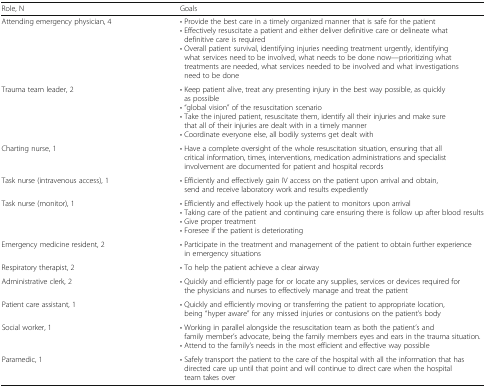
| Role, N | Goals |
 | --- | --- |
 | Attending emergency physician, 4 | • Provide the best care in a timely organized manner that is safe for the patient• Effectively resuscitate a patient and either deliver definitive care or delineate what definitive care is required• Overall patient survival, identifying injuries needing treatment urgently, identifying what services need to be involved, what needs to be done now—prioritizing what treatments are needed, what services needed to be involved and what investigations need to be done |
 | Trauma team leader, 2 | • Keep patient alive, treat any presenting injury in the best way possible, as quickly as possible• “global vision” of the resuscitation scenario• Take the injured patient, resuscitate them, identify all their injuries and make sure that all of their injuries are dealt with in a timely manner• Coordinate everyone else, all bodily systems get dealt with |
 | Charting nurse, 1 | • Have a complete oversight of the whole resuscitation situation, ensuring that all critical information, times, interventions, medication administrations and specialist involvement are documented for patient and hospital records |
 | Task nurse (intravenous access), 1 | • Efficiently and effectively gain IV access on the patient upon arrival and obtain, send and receive laboratory work and results expediently |
 | Task nurse (monitor), 1 | • Efficiently and effectively hook up the patient to monitors upon arrival• Taking care of the patient and continuing care ensuring there is follow up after blood results• Give proper treatment• Foresee if the patient is deteriorating |
 | Emergency medicine resident, 2 | • Participate in the treatment and management of the patient to obtain further experience in emergency situations |
 | Respiratory therapist, 2 | • To help the patient achieve a clear airway |
 | Administrative clerk, 2 | • Quickly and efficiently page for or locate any supplies, services or devices required for the physicians and nurses to effectively manage and treat the patient |
 | Patient care assistant, 1 | • Quickly and efficiently moving or transferring the patient to appropriate location, being “hyper aware” for any missed injuries or contusions on the patient’s body |
 | Social worker, 1 | • Working in parallel alongside the resuscitation team as both the patient’s and family member’s advocate, being the family members eyes and ears in the trauma situation.• Attend to the family’s needs in the most efficient and effective way possible |
 | Paramedic, 1 | • Safely transport the patient to the care of the hospital with all the information that has directed care up until that point and will continue to direct care when the hospital team takes over |